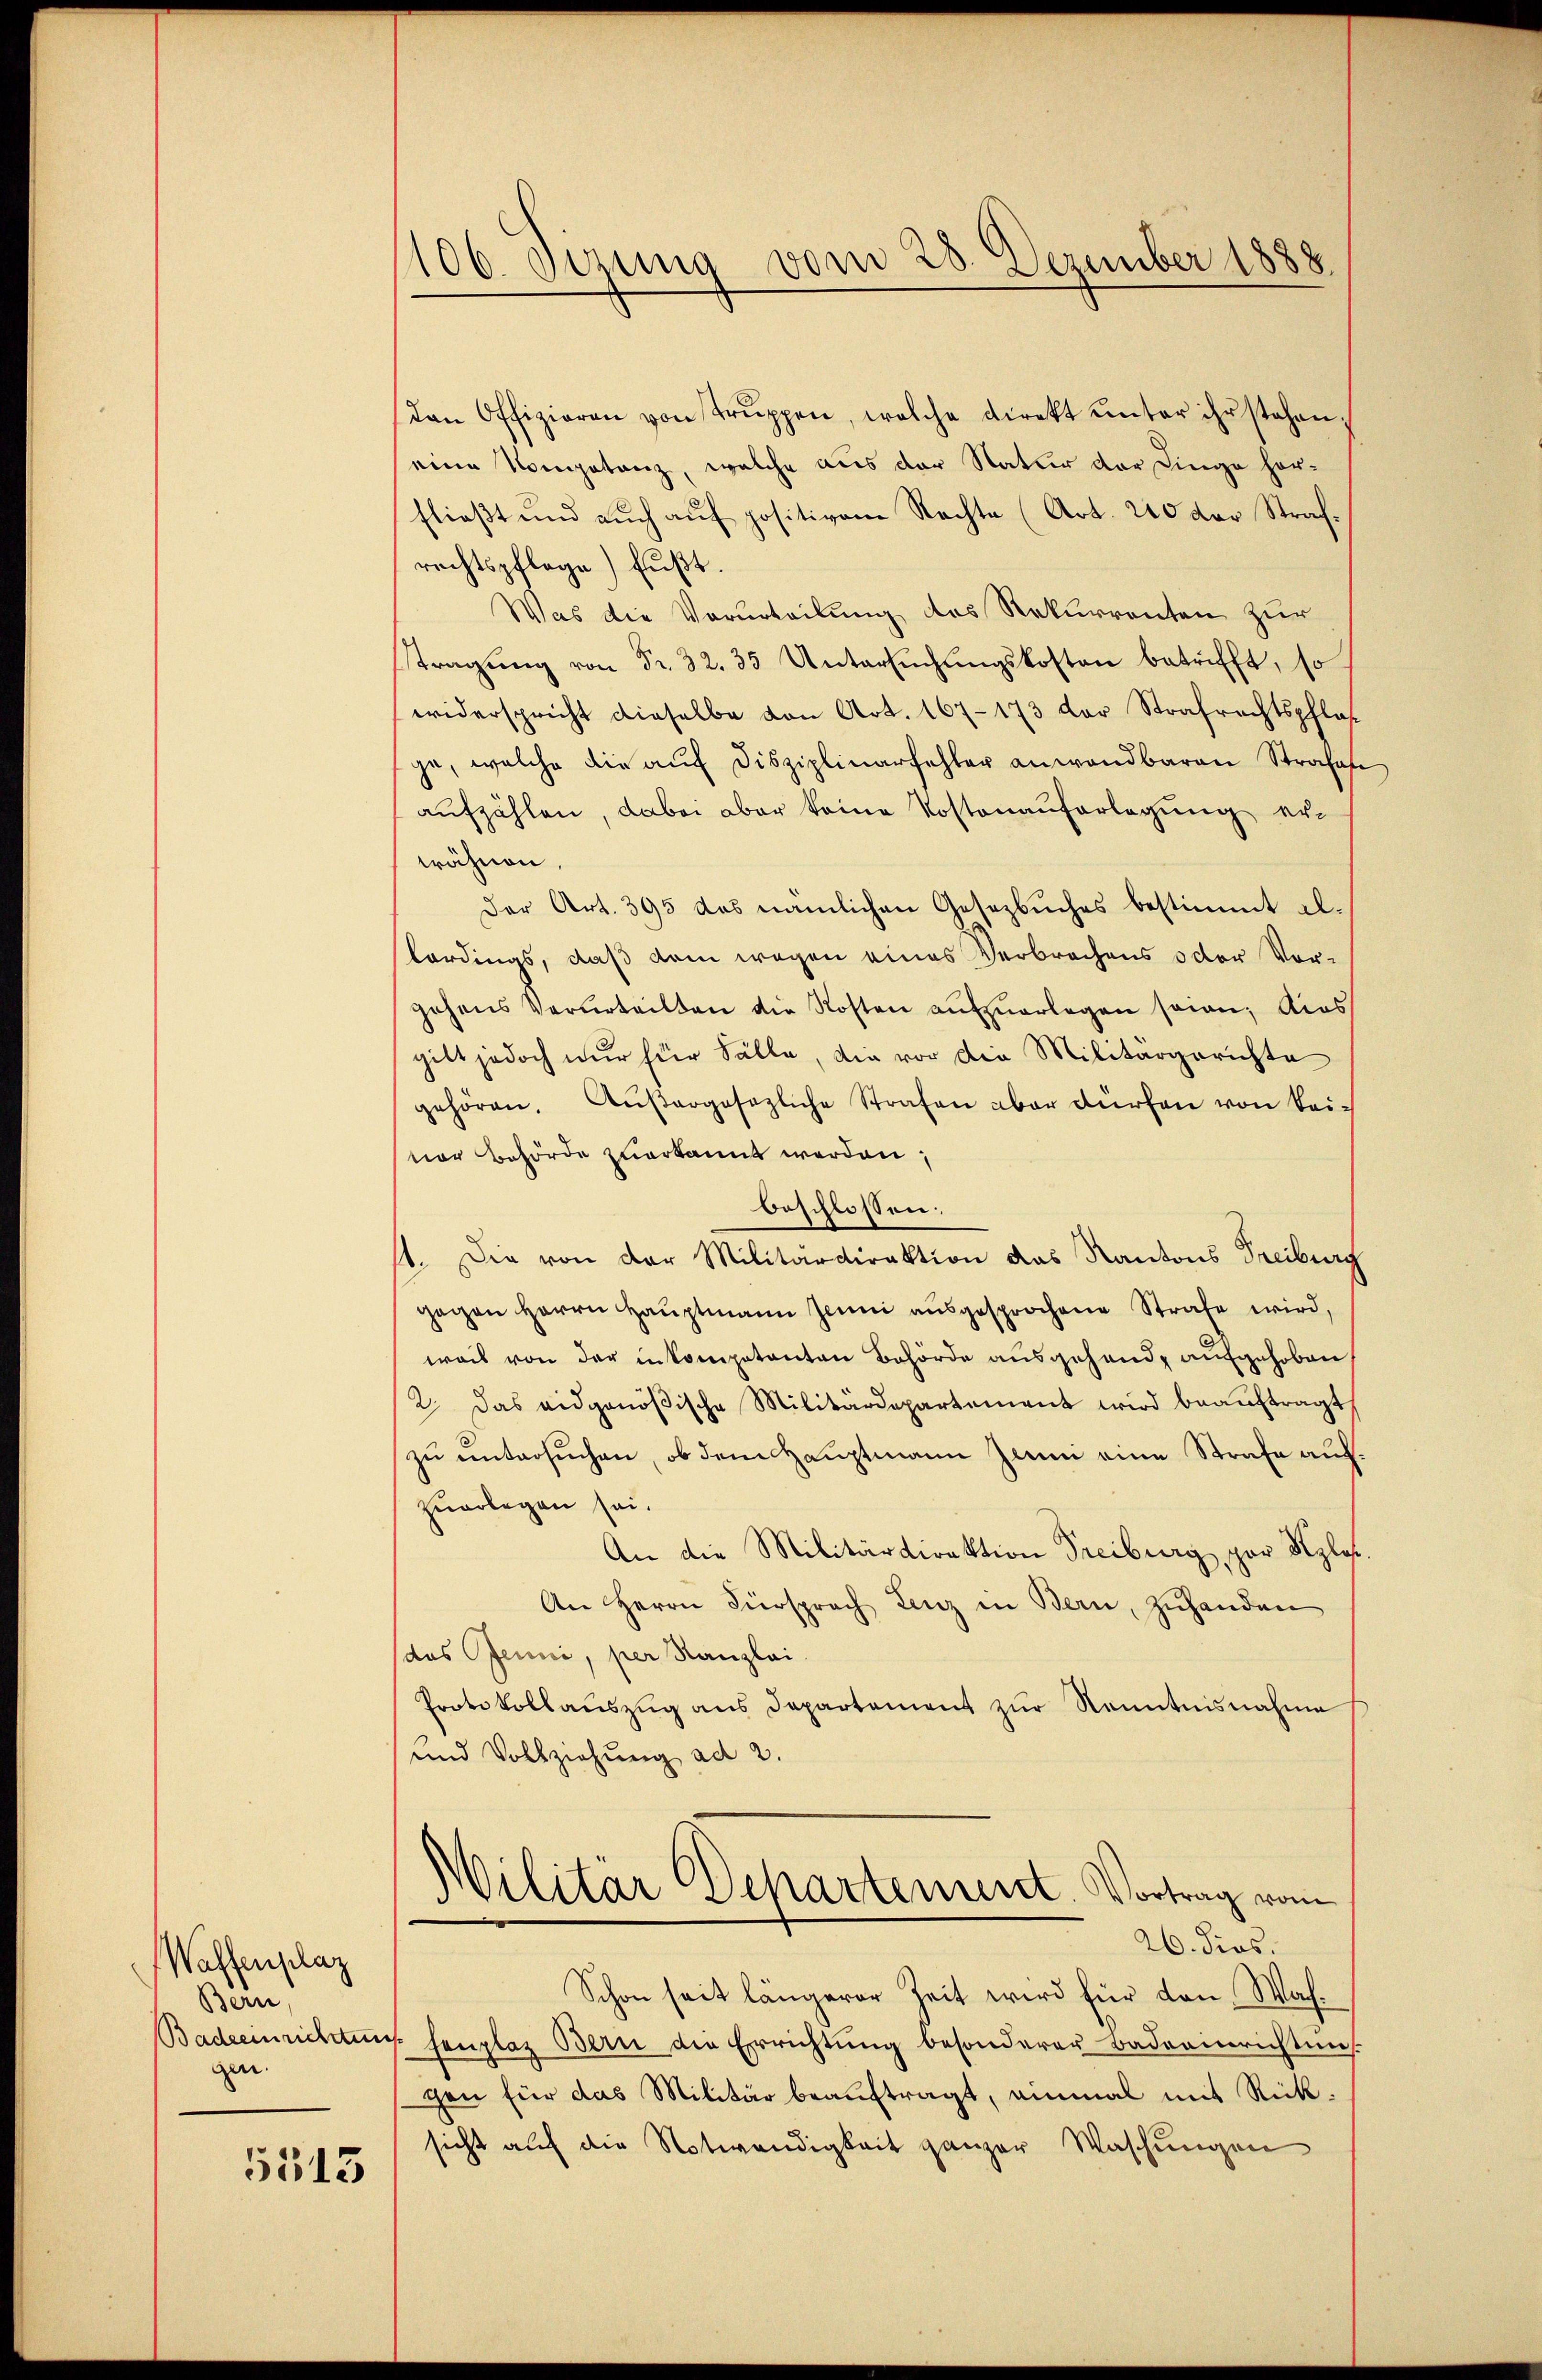
Waffenplaz
Bern
Badeeinrichten
gen

5513

106. dirung vom 28. Dezember 1888

den Offizieren von Trŭppen, welche direkt ŭnter ihr stehen,
eine Kompetanz, welche aus der Natur der Dinge horflieβt und aŭch aŭf positivem Rechte (Art. 210 der Straf-
rechtspflage) fußt.
Was die Verurteilung des Rekurrenten zur
tragŭng von Fr. 32. 35 Untersŭchŭngskosten betrifft, so
widerspricht dieselbe von Art. 167-173 der Strafrechtspflasja, welche die auf Disziplinarfehler anwendbaren Strafan
aufzählen, dabei aber keine Kostenauferlegung erwähnen.
Der Art. 395 das nämlichen Gesetzbuches bestimmt albordings, daß dem wegen eines Verbrechens oder Vorgehens Verurteilten die Kosten aŭfzŭerlegen seien; dies
gibt jedoch nur für Fälle, die vor die Militärgerichte
gehören. Außergesezliche Strafen aber dürfen von Bei-
vor Behörde zuerkannt werden,
beschlossen:
1. Die von der Militärdirektion das Kantons Treiburg
gegen Herrn Haŭptmann Jenni aŭsgesprochene Strafe wird,
weil von der in kompetenten Behörde ausgehende aufgehoben
2. Das eidgenößische Militärdepartement wird beauftragt,
zu untersuchen, ob dem Hauptmann Juni eine Strafe auf.
zuerlegen sei.
An die Militärdirektion Treiburg, par Kyles.
An Herrn Fürsprach Lenz in Bern, Zuhanden
das Jenni, per Kanzlei
Protokollauszug aus Departement zur Kenntnisnahme
und Vollziehung ad 2.
Militar Departeniret. Vortrag vom
26. dies
Schon seit längerer Zeit wird für den Wahch. Fenplaz Bern die Errichtŭng besonderer Badeanrichtung
gen für das Militär beauftragt, einmal mit Rücksicht auf die Notwendigkeit ganzer Waschungen